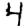
Digit: 4